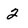
Character: 2